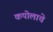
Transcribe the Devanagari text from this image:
कपोलाचे